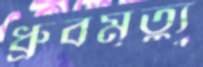
ধ্রুবমৃত্যু